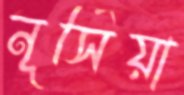
নূর্সিয়া